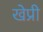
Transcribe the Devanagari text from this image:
खेप्री